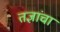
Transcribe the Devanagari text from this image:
तज्ञांचा